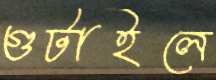
গুটাইলে